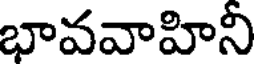
భావవాహిని